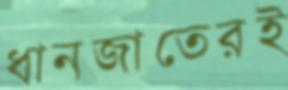
ধানজাতেরই